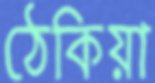
ঠেকিয়া